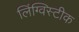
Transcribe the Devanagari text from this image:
लिंग्विस्टीक